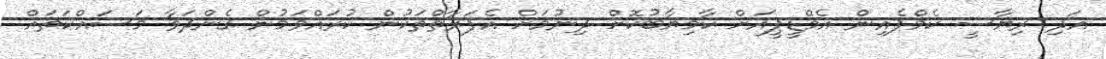
އަދި ރިޔާސީ ކެމްޕެއިން އެމްޑީޕީއަށް ކާމިޔާބުކޮށް ދިނުމަށް އެފަރާތްތަކުން ކުރައްވަމުން ގެންދަވާ މަސައްކަތައް